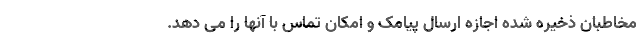
مخاطبان ذخیره شده اجازه ارسال پیامک و امکان تماس با آنها را می دهد.